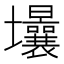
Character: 𡔒